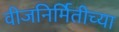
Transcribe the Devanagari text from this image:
वीजनिर्मितीच्या